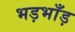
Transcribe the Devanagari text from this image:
भड़भाँड़